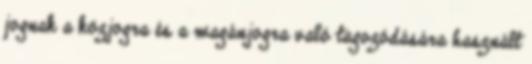
jognak a közjogra és a magánjogra való tagozódására használt